Notes on vaccination in the North-West Frontier Province 1923-1928 - 1923-1928
Year: 1923
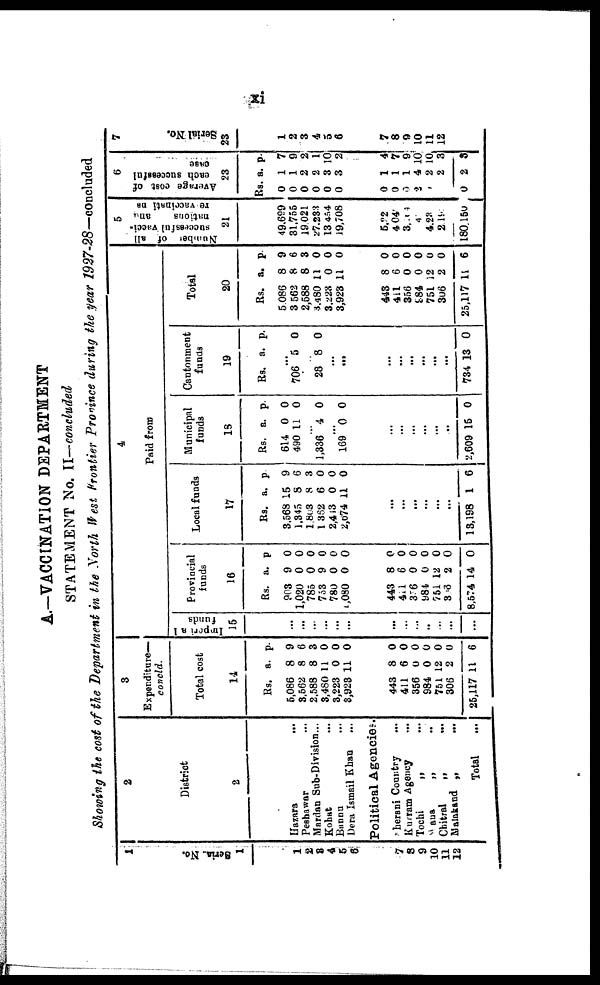
xi
A.—VACCINATION DEPARTMENT
STATEMENT No. II—concluded
Showing the cost of the Department in the North West Frontier Province during the year 1927-28—concluded
1
Seria. No.
1
1
2
2
4
5
6
7
8
9 10
11
12
2
District
2
Hazara
...
Peshawar
...
Mardan Sub-Division...
Kohat ...
Bannu ...
Dera Ismail Khan ...
Political Agencies.
Sherani Country
...
Kurram Agency ...
Tochi „ ...
Wana „ ...
Chitral „ ...
Malakand „
...
Total ...
3
Expenditure—
concld.
Total cost
14
Rs.
5,086
3,562
2,588
3,480
3,223
3,923
a.
8
8
8
11
0
11
p.
9
6
3
0
0
0
443
411
356
984
751
306
25,117
8
6
0
0
12
2
11
0
0
0
0
0
0
6
4
Paid from
Imparia1
funds
15
...
...
...
...
...
...
...
...
...
...
...
...
...
Provincial
funds
16
Rs.
903
1,020
785
753
780
1,080
a.
9
0
0
9
0
0
p.
0
0
0
0
0
0
443
411
376
984
751
306
8,574
8
6
0
0
12
2
14
0
0 0
0
0
0
0
Local funds
17
Rs.
3,568
1,345
1,803
1,362
2,413
2,674
a.
15
8
8
6
0
11
p.
9
6
3
0
0
0
...
...
...
...
...
...
13,198 1 6
Municipal
funds
18
Rs.
614
490
a.
0
11
p.
0
0
...
1,336 4 0
...
169 0 0
...
...
...
...
...
...
2,609 15 0
Cantonment
funds
19
Rs. a. p.
...
706 5 0
...
28 8 0
...
...
...
...
...
...
...
...
734 13 0
Total
20
Rs.
5,086
3,562
2,588
3,480
3,223
3,923
a.
8
8
8
11
0
11
p.
9
6
3
0
0
0
443
411
356
984
751
306
25,117
8
6
0
0
12
2
11
0
0
0
0
0
0
6
5
Number of all
successful vacci-
nations
and
re-vaccinations
21
49,699
31,755
19,021
27,233
13,454
19,708
5,22
4,040
3,104
410
4,230
2,191
180,150
6
Average cost of
each successful
case
22
Rs.
0
0
0
0
0
0
a.
1
1
2
2
3
3
p.
7
9
2
1
10
2
0
0
0
2
0
0
0
1
1
1
4
2
2
2
4
7
9
10
10
3
3
7
Serial No
23
1
2
3
4
5
6
7
8
9
10
11
12